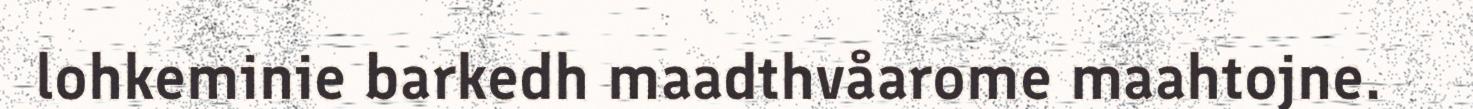
lohkeminie barkedh maadthvåarome maahtojne.